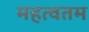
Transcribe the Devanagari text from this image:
महत्वतम